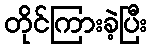
တိုင်ကြားခဲ့ပြီး